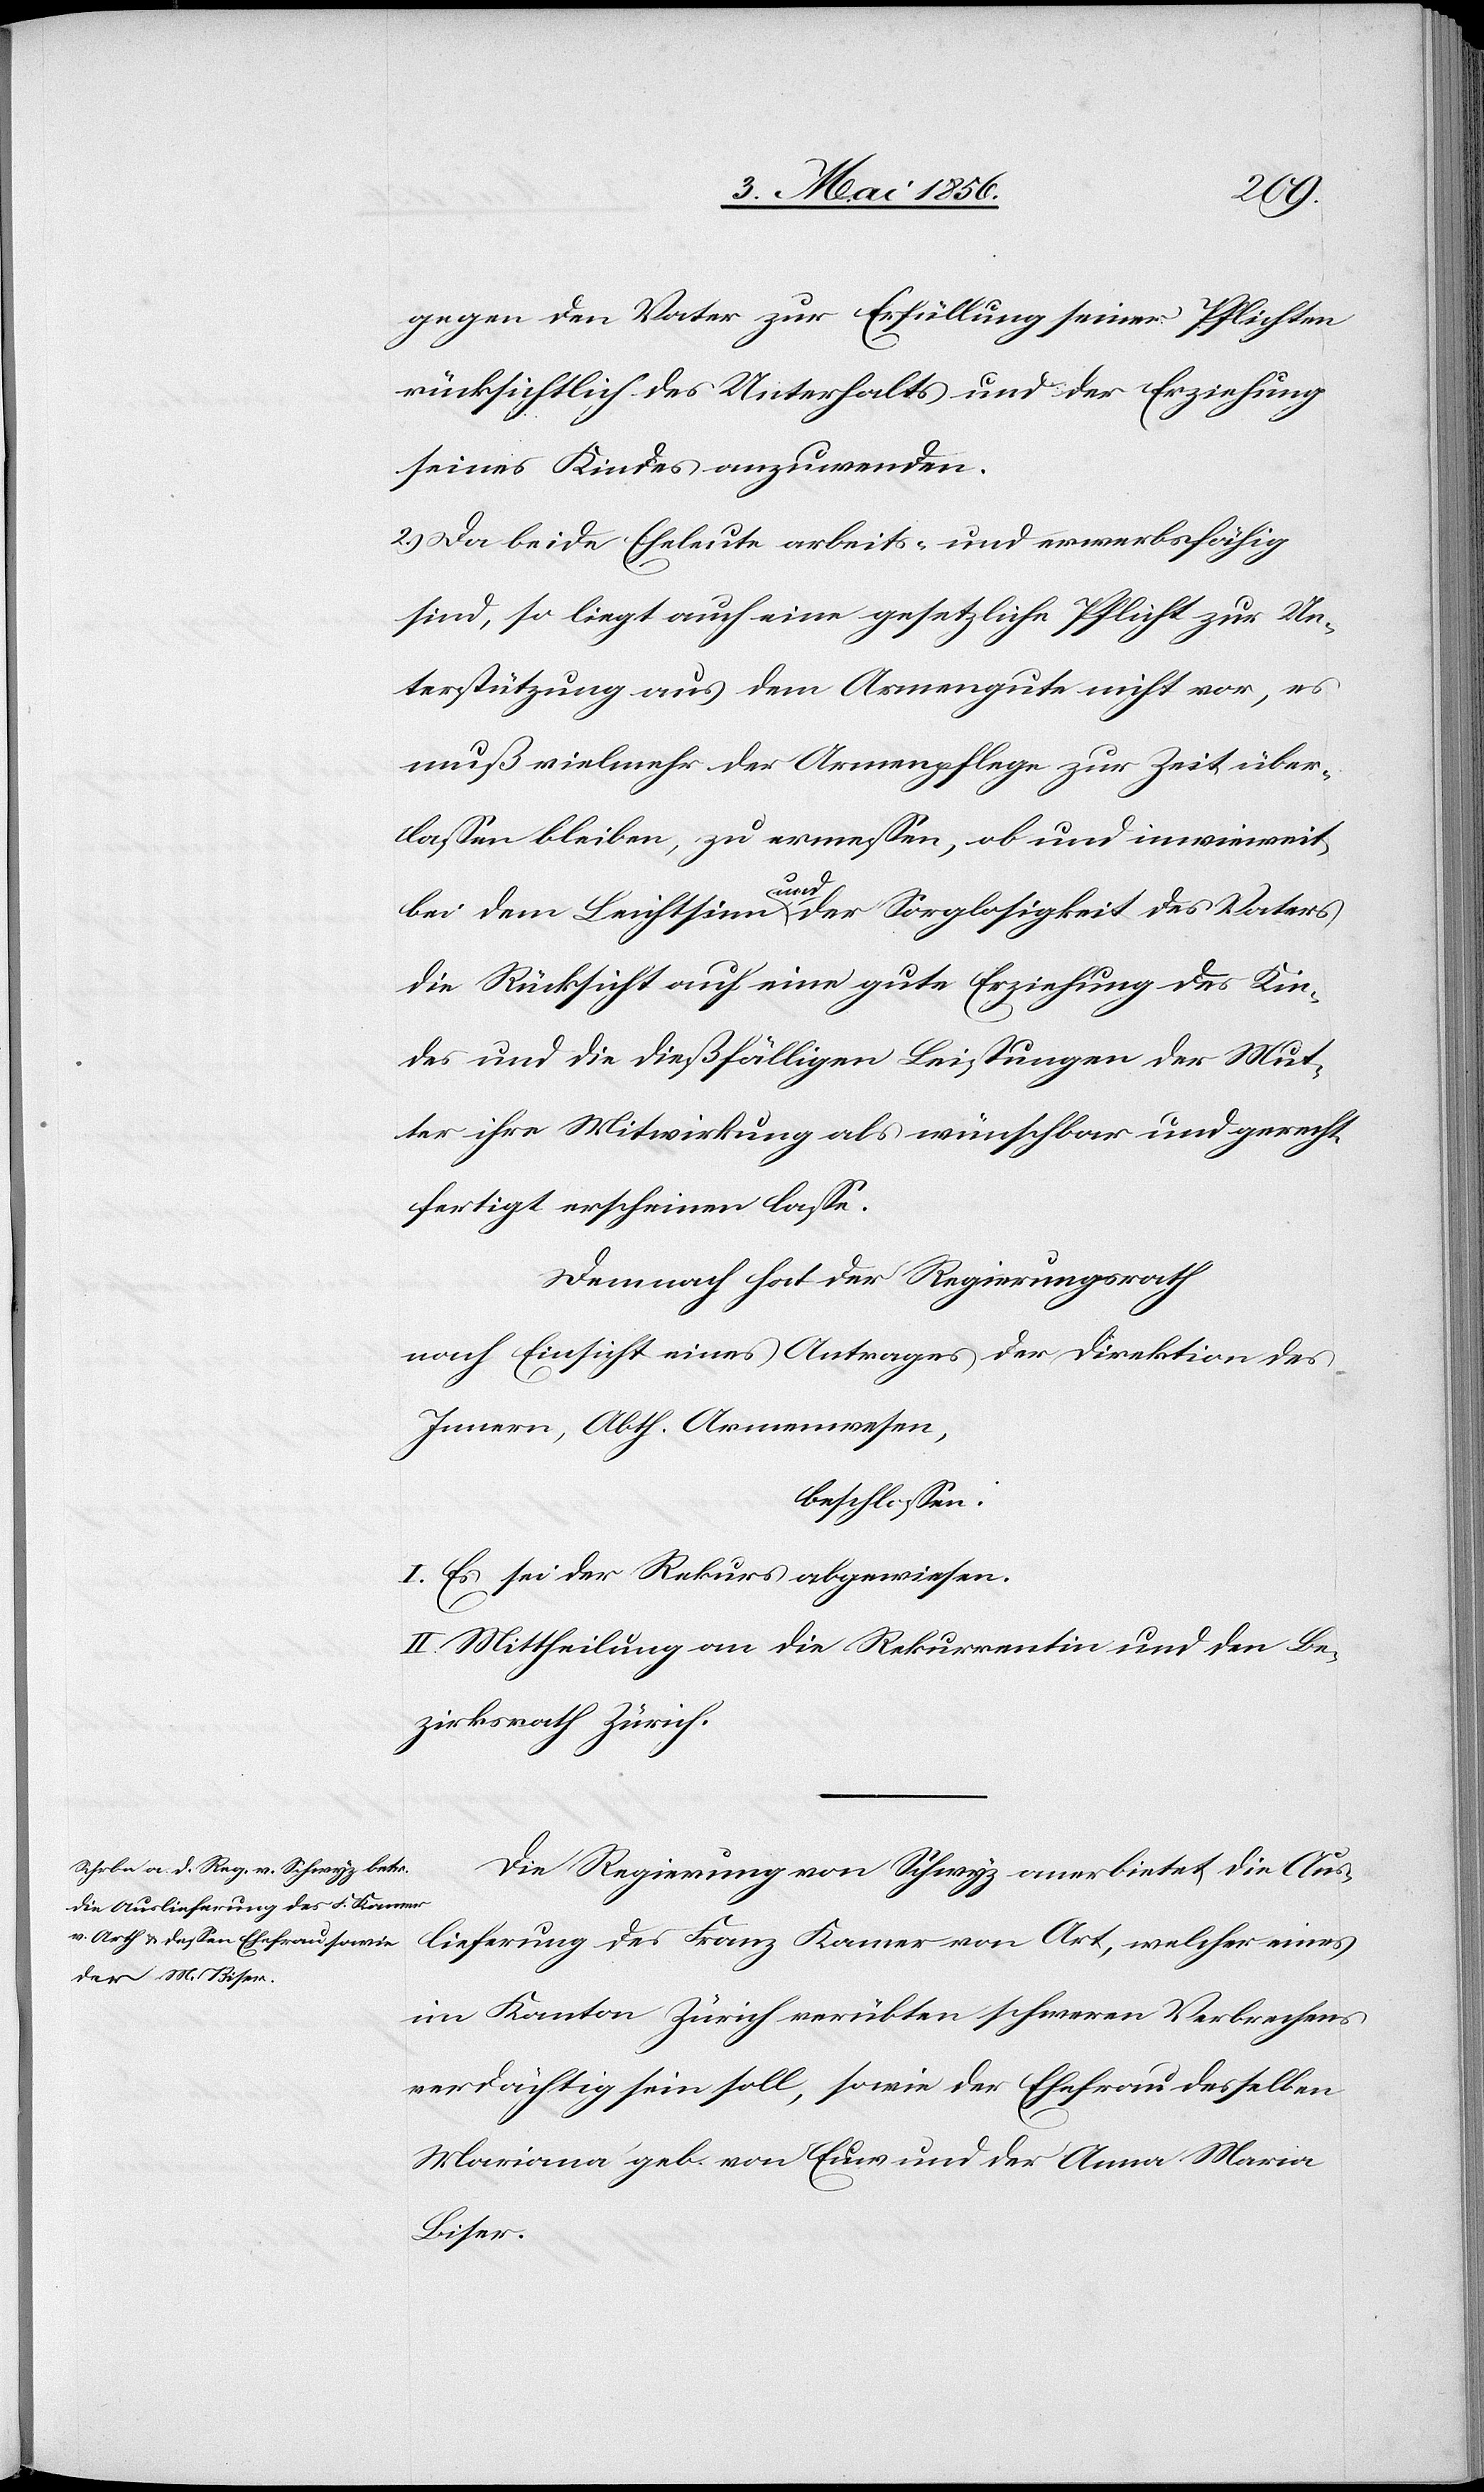
gegen den Vater zur Erfüllung seiner Pflichten
rücksichtlich des Unterhalts und der Erziehung
seines Kindes anzuwenden.
2.) Da beide Eheleute arbeits- und erwerbsfähig
sind, so liegt auch eine gesetzliche Pflicht zur Un¬
terstützung aus dem Armengute nicht vor, es
muß vielmehr der Armenpflege zur Zeit über¬
lassen bleiben, zu ermessen, ob und inwieweit
bei dem Leichtsinn aunda der Sorglosigkeit des Vaters
die Rücksicht auf eine gute Erziehung des Kin¬
des und die dießfälligen Leistungen der Mut¬
ter ihre Mitwirkung als wünschbar und gerecht¬
fertigt erscheinen lasse.
Demnach hat der Regierungsrath
nach Einsicht eines Antrages der Direktion des
Innern, Abth. Armenwesen,
beschlossen:
I. Es sei der Rekurs abgewiesen.
II. Mittheilung an die Rekurrentin und den Be¬
zirksrath Zürich.
Die Regierung von Schwyz anerbietet die Aus¬
lieferung des Franz Kamer von Art [sic!], welcher eines
im Kanton Zürich verübten schweren Verbrechens
verdächtig sein soll, sowie der Ehefrau desselben
Mariana geb. von Euns und der Anna Maria
Biser.